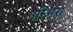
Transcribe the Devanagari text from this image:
गम्भिरा